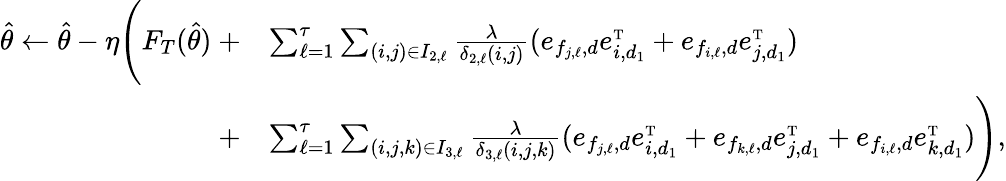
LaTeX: \begin{array}{rl}{\hat{\theta}\leftarrow\hat{\theta}-\eta\Bigg(F_{T}(\hat{\theta})\ +}&{\sum_{\ell=1}^{\tau}\sum_{(i,j)\in I_{2,\ell}}\frac{\lambda}{\delta_{2,\ell}(i,j)}(e_{f_{j,\ell},d}e_{i,d_{1}}^{\mathrm{\scriptscriptstyle T}}+e_{f_{i,\ell},d}e_{j,d_{1}}^{\mathrm{\scriptscriptstyle T}})}\\ {+}&{\sum_{\ell=1}^{\tau}\sum_{(i,j,k)\in I_{3,\ell}}\frac{\lambda}{\delta_{3,\ell}(i,j,k)}(e_{f_{j,\ell},d}e_{i,d_{1}}^{\mathrm{\scriptscriptstyle T}}+e_{f_{k,\ell},d}e_{j,d_{1}}^{\mathrm{\scriptscriptstyle T}}+e_{f_{i,\ell},d}e_{k,d_{1}}^{\mathrm{\scriptscriptstyle T}})\Bigg),}\end{array}